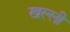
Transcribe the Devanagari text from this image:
खल्ली